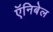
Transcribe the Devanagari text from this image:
ऍनिबेल